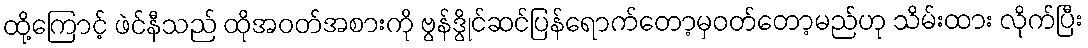
ထို့ကြောင့် ဖဲင်နီသည် ထိုအဝတ်အစားကို ဗွန်ဒွိုင်ဆင်ပြန်ရောက်တော့မှဝတ်တော့မည်ဟု သိမ်းထား လိုက်ပြီး